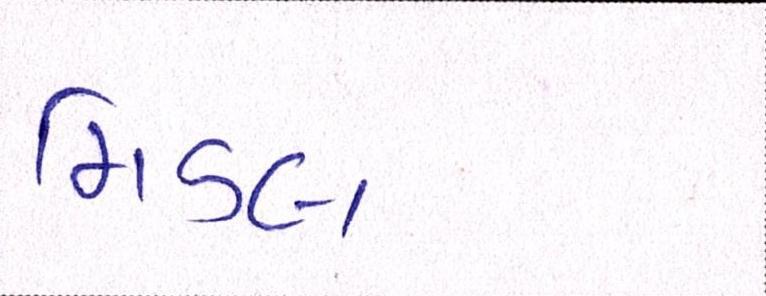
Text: મિડલ